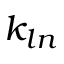
k _ { l n }